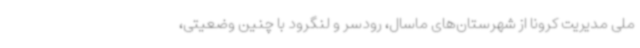
ملی مدیریت کرونا از شهرستان‌های ماسال، رودسر و لنگرود با چنین وضعیتی،